Medical and sanitary report of the native army of Bengal for the year
Year: 1876
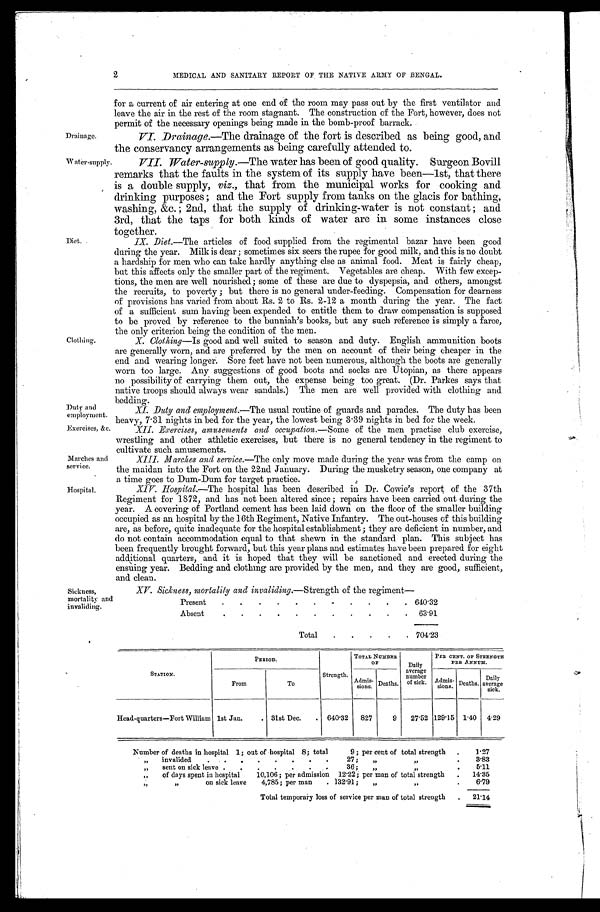
Drainage.
Water-supply
.
Diet.
Clothing.
Duty .and
employment.
Exercises, &c.
Marches and
service.
Hospital.
Sickness,
mortality and
invaliding.
2
MEDICAL AND SANITARY REPORT OF THE NATIVE ARMY OF BENGAL.
for a current of air entering at one end of the room may pass out by the first ventilator and
leave the air in the rest of the room stagnant. The construction of the Fort, however, does not
permit of the necessary openings being made in the bomb-proof barrack.
VI. Drainage.—The drainage of the fort is described as being good, and
the conservancy arrangements as being carefully attended to.
VII. Water-supply.—The water has been of good quality. Surgeon Bovill
remarks that the faults in the system of its supply have been—1st, that there
is a double supply, viz., that from the municipal works for cooking and
drinking purposes; and the Fort supply from tanks on the glacis for bathing,
washing, &c.; 2nd, that the supply of drinking-water is not constant; and
3rd, that the taps for both kinds of water are in some instances close
together.
IX. Diet.—The articles of food supplied from the regimental bazar have been good
during the year. Milk is dear; sometimes six seers the rupee for good milk, and this is no doubt
a hardship for men who can take hardly anything else as animal food. Meat is fairly cheap,
but this affects only the smaller part of the regiment. Vegetables are cheap. With few excep
- t i o n s , t h e m e n a r e w e l l n o u r i s h e d ; s o m e o f t h e s e a r e d u e t o d y s p e p s i a , a n d o t h e r s , a m o n g s t
the recruits, to poverty; but there is no general under-feeding. Compensation for dearness
of provisions has varied from about Rs. 2 to Rs. 2-12 a month during the year. The fact
of a sufficient sum having been expended to entitle them to draw compensation is supposed
to be proved by reference to the bunniah's books, but any such reference is simply a farce,
the only criterion being the condition of the men.
X. Clothing—Is good and well suited to season and duty. English ammunition boots
are generally worn, and are preferred by the men on account of their being cheaper in the
end and wearing longer. . Sore feet have not been numerous, although the boots are generally
worn too large. Any suggestions of good boots and socks are Utopian, as there appears
no possibility of carrying them out, the expense being too great. (Dr. Parkes says that
native troops should always wear sandals.) The men are well provided with clothing and
bedding.
XI. Duty and employment.—The usual routine of guards and parades. The duty has been
heavy, 7.31 nights in bed for the year, the lowest being 3.39 nights in bed for the week.
XII. Exercises, amusements and occupation.—Some of the men practise club exercise,
wrestling and other athletic exercises, but there is no general tendency in the regiment to
cultivate such amusements.
XIII. Marches and service.—The only move made during the year was from the camp on
the maidan into the Fort on the 22nd January. During the musketry season, one company at
a time goes to Dum-Dum for target practice.
XIV. Hospital.— T h e
h o s p i t a l h a s b e e n d e s c r i b e d i n D r . C o w i e ' s r e p o r t o f t h e 3 7 t h
Regiment for 1872, and has not been altered since ; repairs have been carried out during the
year. A covering of Portland cement has been laid down on the floor of the smaller building
occupied as an hospital by the 16th Regiment, Native Infantry. The out-houses of this building
are, as before, quite inadequate for the hospital establishment; they are deficient in number, and
do not contain accommodation equal to that shewn in the standard plan. This subject has
been frequently brought forward, but this year plans and estimates have been prepared for eight
additional quarters, and it is hoped that they will be sanctioned and erected during the
ensuing year. Bedding and clothing are provided by the men, and they are good, sufficient,
and clean.
XV. Sickness, mortality and invaliding.—Strength of the regiment—
Present
640. 32
Absent
63. 91
Total
704. 23
STATION.
PERIOD.
Strength.
TOTAL NUM B E R o f
Daily
average
number of sick.
PER CENT. OF STRENGTH
PER ANNUM.
From
To
Admis- sions. Deaths.
Admis- sions. Deaths. D a i l y
average sick.
Head.quarters—Fort William 1st Jan.
31st Dec.
640.32 827
9 27.52 129.15 1.40 4. 29
Number of deaths in hospital 1; out of hospital 8; total 9; per cent of total strength
1.27
" invalided 27" " 3.83
" sent on sick leave 36; " "
5.11
" of days spent in hospital 10,106; per admission 12.22; per man of total strength 14. 35
" " on sick leave 4,785 per man 132.91
" " 6.79
Total temporary loss of service per man of total strength
21. 14